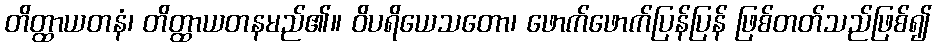
တိတ္ထာယတနံ၊ တိတ္ထာယတနမည်၏။ ဝိပရိယေသတော၊ ဖောက်ဖောက်ပြန်ပြန် ဖြစ်တတ်သည်ဖြစ်၍